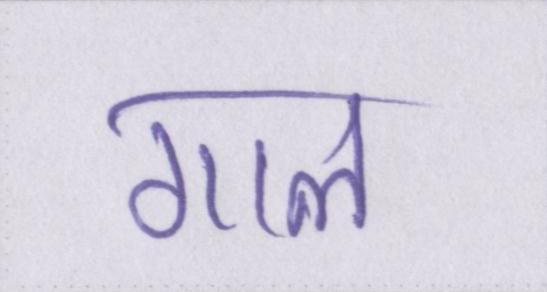
गाल